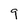
Character: 9